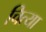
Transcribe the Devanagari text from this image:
चित्या